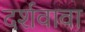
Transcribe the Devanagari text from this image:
दर्शवावा